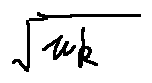
\sqrt { \mu _ { k } }